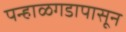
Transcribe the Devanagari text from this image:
पन्हाळगडापासून